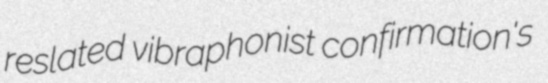
reslated vibraphonist confirmation's